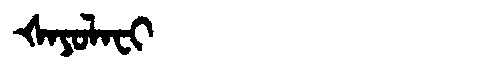
Manchu: ᡧᠠᠶᠣᠯᠠᠸᡳ
Romanization: ŠAYOLAFI